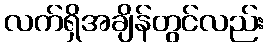
လက်ရှိအချိန်တွင်လည်း